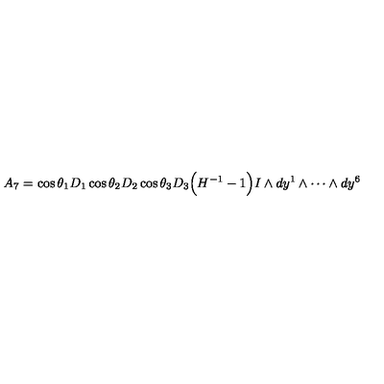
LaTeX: A _ { 7 } = \cos \theta _ { 1 } D _ { 1 } \cos \theta _ { 2 } D _ { 2 } \cos \theta _ { 3 } D _ { 3 } \Big ( H ^ { - 1 } - 1 \Big ) I \wedge d y ^ { 1 } \wedge \cdots \wedge d y ^ { 6 }